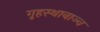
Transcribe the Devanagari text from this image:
गृहस्थानाञ्च